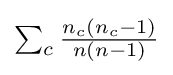
{\textstyle \sum _{c}{\frac {n_{c}(n_{c}-1)}{n(n-1)}}}